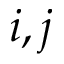
i , j